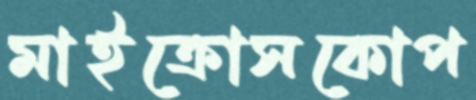
মাইক্রোসকোপ